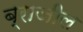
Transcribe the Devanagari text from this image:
ब्राजील